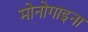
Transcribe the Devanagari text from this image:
मोनोगाइना